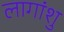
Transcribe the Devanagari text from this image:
लागांशु